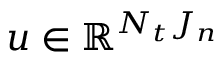
\boldsymbol { u } \in \mathbb { R } ^ { N _ { t } J _ { n } }